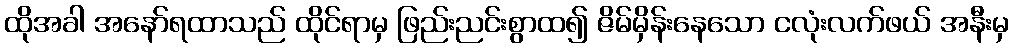
ထိုအခါ အနော်ရထာသည် ထိုင်ရာမှ ဖြည်းညင်းစွာထ၍ ဇိမ်မှိန်းနေသော ငလုံးလက်ဖယ် အနီးမှ